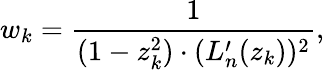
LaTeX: w_{k}=\frac{1}{(1-z_{k}^{2})\cdot(L_{n}^{\prime}(z_{k}))^{2}},